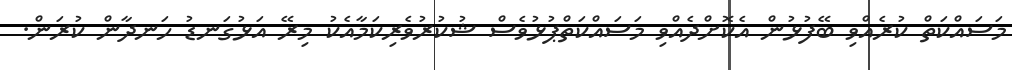
މަސައްކަތް ކުރެއްވި ބޭފުޅުން އެކޮށްދެއްވި މަސައްކަތްޕުޅުވެސް ޝުކުރުވެރިކަމާއެކު މިރޭ އަޅުގަނޑު ހަނދާން ކުރަން.